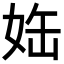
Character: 𡜊